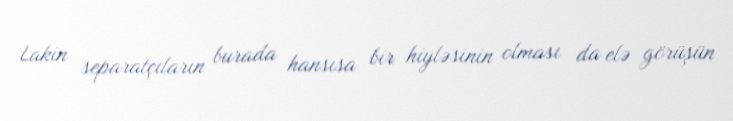
Lakin separatçıların burada hansısa bir hiyləsinin olması da elə görüşün